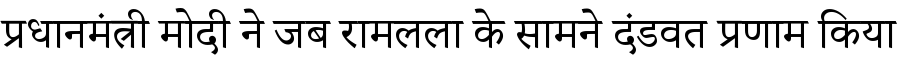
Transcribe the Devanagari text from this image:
प्रधानमंत्री मोदी ने जब रामलला के सामने दंडवत प्रणाम किया